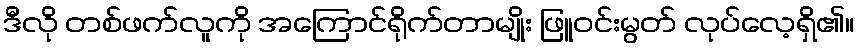
ဒီလို တစ်ဖက်လူကို အကြောင်ရိုက်တာမျိုး ဖြူဝင်းမွတ် လုပ်လေ့ရှိ၏။